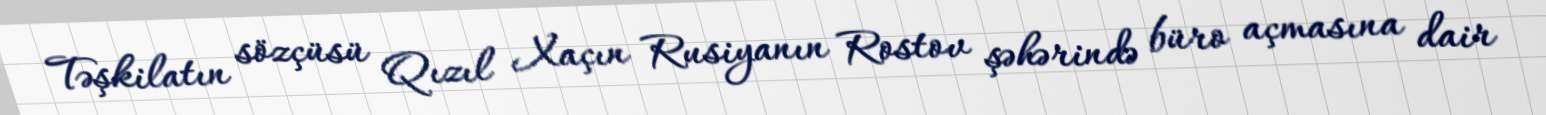
Təşkilatın sözçüsü Qızıl Xaçın Rusiyanın Rostov şəhərində büro açmasına dair